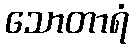
သောတာရံ